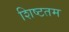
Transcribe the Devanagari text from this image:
शिष्टतम